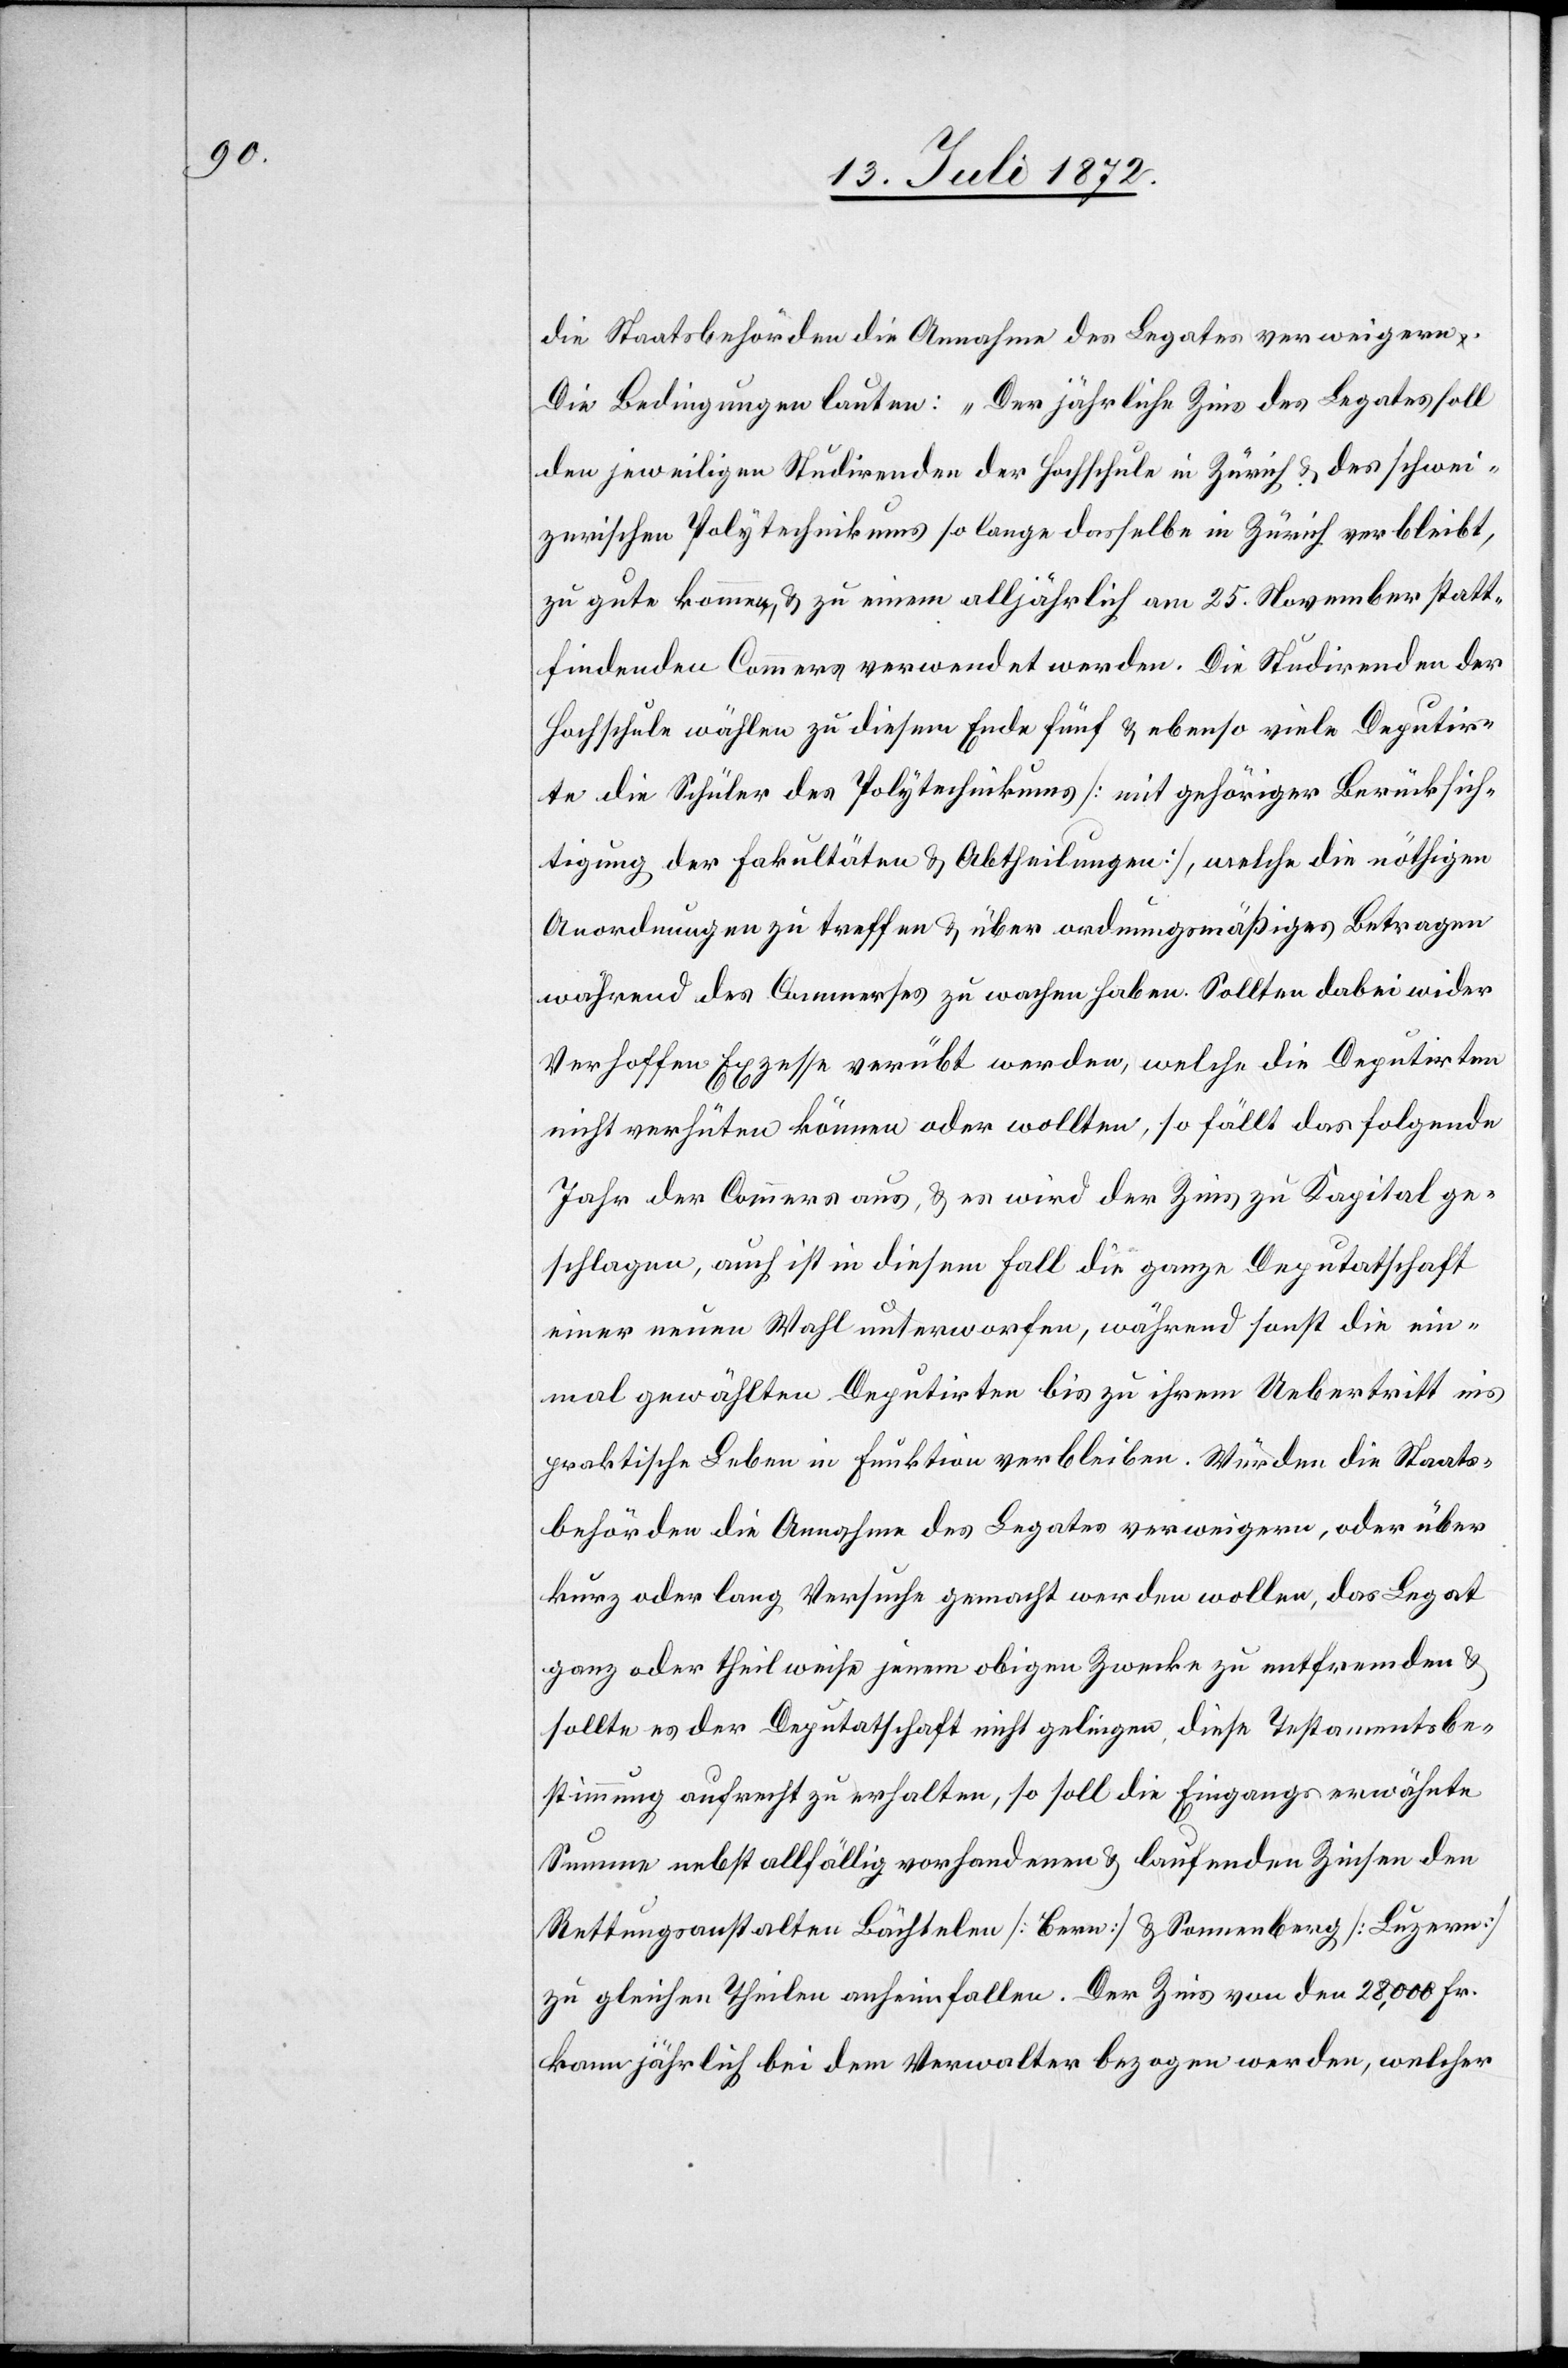
die Staatsbehörden die Annahme des Legates verweigern.
Die Bedingungen lauten: „Der jährliche Zins des Legates soll
den jeweiligen Studirenden der Hochschule in Zürich u. des schwei¬
zerischen Polytechnikums so lange dasselbe in Zürich verbleibt,
zu gute kommen, u. zu einem alljährlich am 25. November statt¬
findenden Commers verwendet werden. Die Studirenden der
Hochschule wählen zu diesem Ende fünf u. ebenso viele Deputir¬
te die Schüler des Polytechnikums [mit gehöriger Berücksich¬
tigung der Fakultäten u. Abtheilungen], welche die nöthigen
Anordnungen zu treffen u. über ordnungsmäßiges Betragen
während des Commerses zu wachen haben. Sollten dabei wider
Verhoffen Exzesse verübt werden, welche die Deputirten
nicht verhüten können oder wollen, so fällt das folgende
Jahr der Commers aus, u. es wird der Zins zu Kapital ge¬
schlagen, auch ist in diesem Fall die ganze Deputatschaft
einer neuen Wahl unterworfen, während sonst die ein¬
mal gewählten Deputirten bis zu ihrem Uebertritt ins
praktische Leben in Funktion verbleiben. Würden die Staats¬
behörden die Annahme des Legates verweigern, oder über
kurz oder lang Versuche gemacht werden wollen, das Legat
ganz oder theilweise jenem obigen Zwecke zu entfremden u.
sollte es der Deputatschaft nicht gelingen, diese Testamentsbe¬
stimmung aufrecht zu erhalten, so soll die Eingangs erwähnte
Summe nebst allfällig vorhandenen u. laufenden Zinsen den
Rettungsanstalten Bächtelen [Bern] u. Sonnenberg [Luzern]
zu gleichen Theilen anheimfallen. Der Zins von den 28,000 Fr.
kann jährlich bei dem Verwalter bezogen werden, welcher